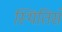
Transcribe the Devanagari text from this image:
स्थितिसे